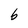
Character: b